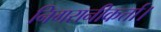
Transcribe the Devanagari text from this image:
निगरानीकर्त्ता।